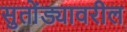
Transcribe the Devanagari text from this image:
सुतोंड्यावरील